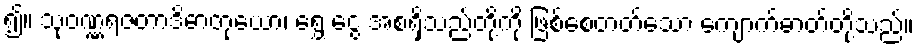
၍။ သုဝဏ္ဏရဇတာဒိဓာတုယော၊ ရွှေ ငွေ အစရှိသည်တို့ကို ဖြစ်စေတတ်သော ကျောက်ဓာတ်တို့သည်။